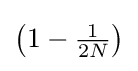
{\textstyle \left(1-{\tfrac {1}{2N}}\right)}